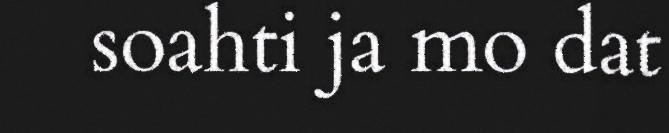
soahti ja mo dat